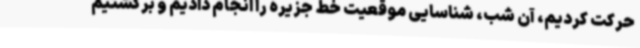
حرکت کردیم، آن شب، شناسایی موقعیت خط جزیره را انجام دادیم و برگشتیم